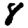
Digit: 8